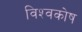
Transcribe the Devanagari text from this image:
विश्‍वकोष